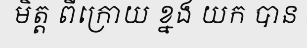
មិត្ត ពីក្រោយ ខ្នង យក បាន